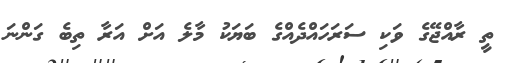
ތީ ރާއްޖޭގެ ވަކި ސަރަހައްދެއްގެ ބަޔަކު މާލެ އަށް އަރާ ތިބެ ގަންނަ